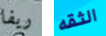
ريفا الثقه